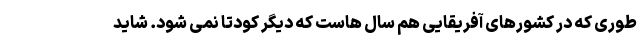
طوری که در کشورهای آفریقایی هم سال هاست که دیگر کودتا نمی شود. شاید